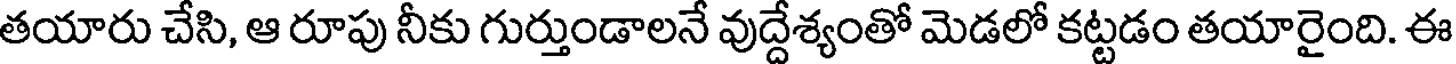
తయారు చేసి, ఆ రూపు నీకు గుర్తుండాలనే వుద్దేశ్యంతో మెడలో కట్టడం తయారైంది. ఈ